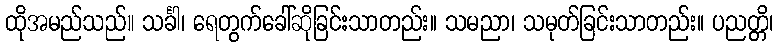
ထိုအမည်သည်။ သင်္ခါ၊ ရေတွက်ခေါ်ဆိုခြင်းသာတည်း။ သမညာ၊ သမုတ်ခြင်းသာတည်း။ ပညတ္တိ၊